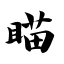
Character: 瞄